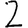
Digit: 2